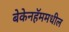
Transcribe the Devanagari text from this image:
बेकेनहॅममधील